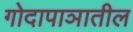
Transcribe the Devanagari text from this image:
गोदापाञातील